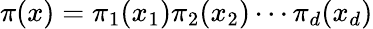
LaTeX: \pi(x)=\pi_{1}(x_{1})\pi_{2}(x_{2})\dotsb\pi_{d}(x_{d})